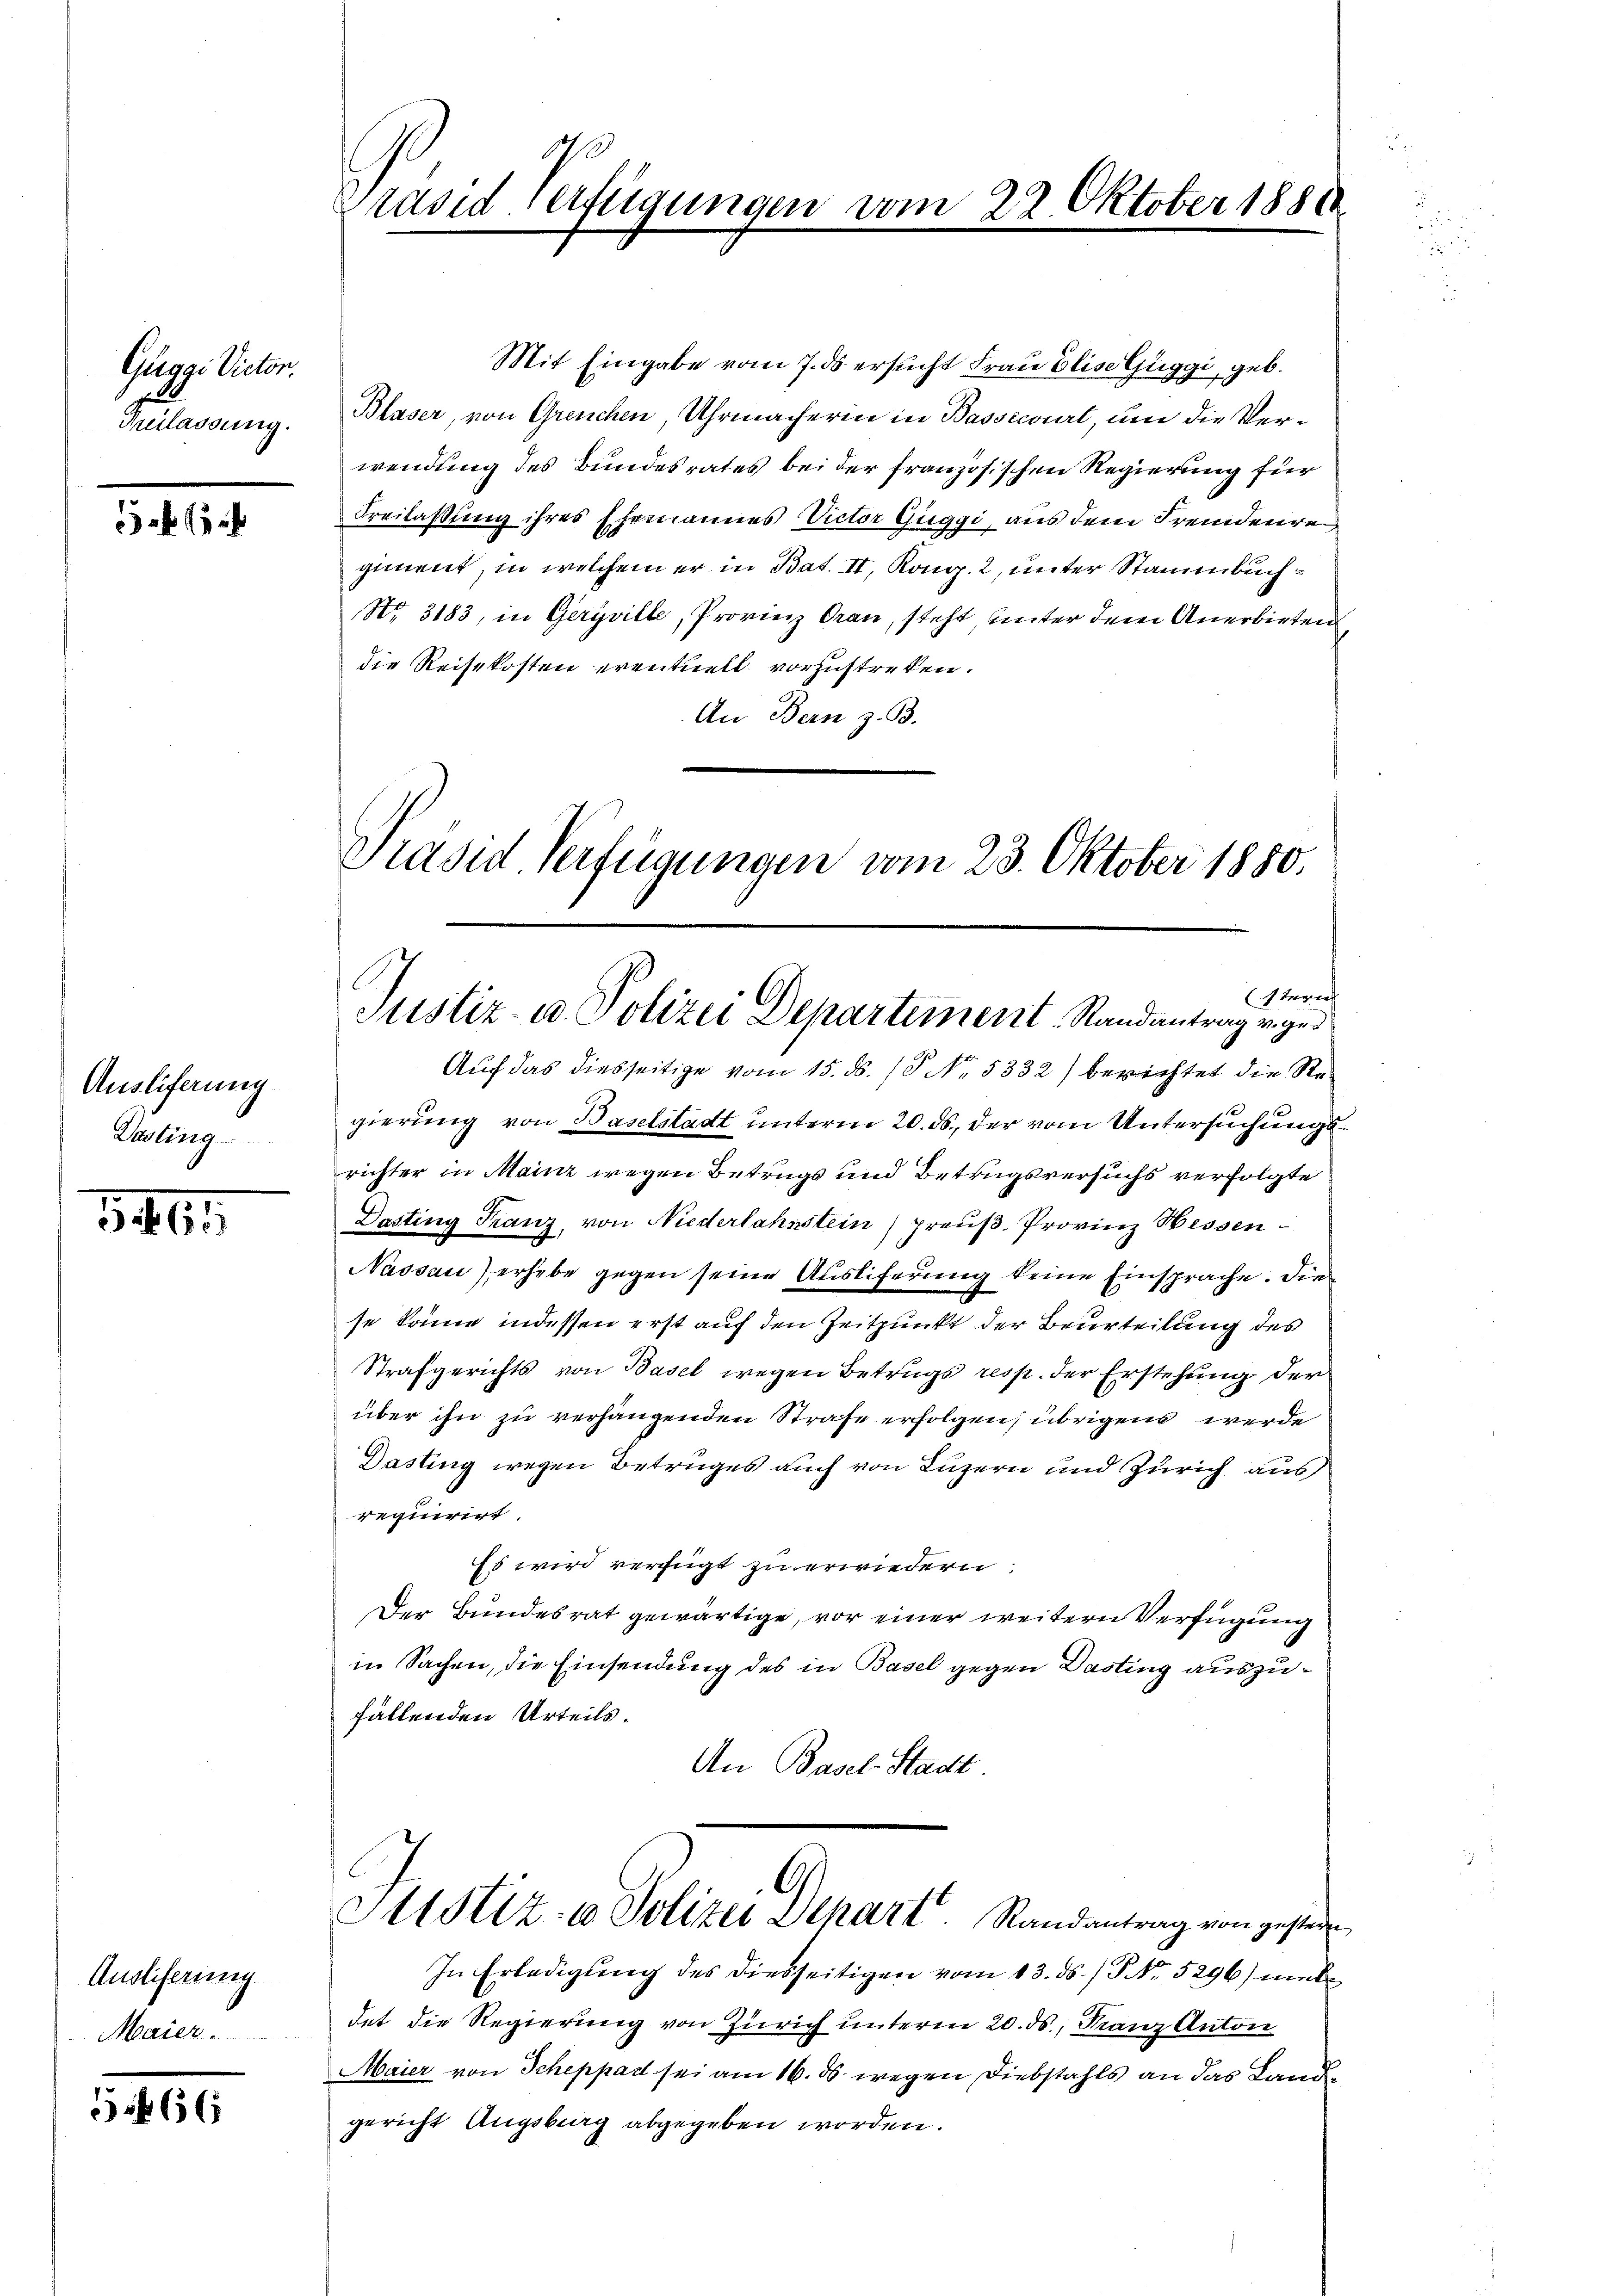
Guggi Victor.
Prellendung.

f 5 x

Ausliferung
Dasting

340

Auslieferung
Maier
546

170
Präsid-Verfügungen vom 22. Oktober 18818

Präsid Verfügungen vom 23. Oktober 1880.
stern
Justiz- u. Polizei Departement-Randantrag veger

Mit Eingabe vom 7. ds ersucht Frau Elise Guggi, geb.
Blaser, von Greuchen, Uhrmacherin in Bassecourt, um die Verwendung des Bundesrates bei der französischen Regierung für
Freilaßung ihres Ehemanenes Victor Guggi, aus dem Fremdenre
giment, in welchem er in Bat. II, Kong. 2, unter Stammbuch¬
No. 3183, in Geryville, Provinz Grau, steht unter dem Anerbieten
die Reisekosten eventuell vorzustreken.
An Bern z. B.
Auf das diesseitige vom 15. ds. / No. 5332) berichtet die Regierung von Baselstadt unterm 20. ds., der vom Untersuchungs
richter in Mainz wegen Betrugs und Betrugsversuchs verfolgte
Dasting Franz, von Niederlahnstein) preuß. Provinz Hessen¬
Nassau) erhebe gegen seine Ausliferung keine Einsprache. Die
se könne, indessen erst auf den Zeitpunkt der Beurteilung des
Strafgerichts von Basel wegen Betrugs resp. der Erstehung der
über ihn zu verhängenden Strafe erfolgen; übrigens werde
Dasting wegen Betruges auch von Luzern und Zürich aus
requirirt.
Es wird verfügt zu erwiedern.
Der Bundesrat gewärtige, vor einer weitern Verfügung
in Sachen, die Einsendung des in Basel gegen Dasting auszufällenden Urteils.
An Basel-Stadt.
Stistiz- & Polizei Depart. Randantrag von gesterne
In Erledigung des diesseitigen vom 13. ds. / P NNo. 5296) med
det die Regierung von Zürich unterm 20. ds, Franz Anton
Maier von Scheppad sei am 16. d. wegen Diebstahls an das Landgericht Augsburg abgegeben worden.